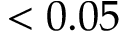
< 0 . 0 5